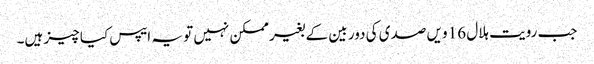
جب رویت ہلال 16 ویں صدی کی دور بین کے بغیر ممکن نہیں تو یہ ایپس کیا چیز ہیں۔